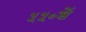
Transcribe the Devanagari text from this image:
५५०सें